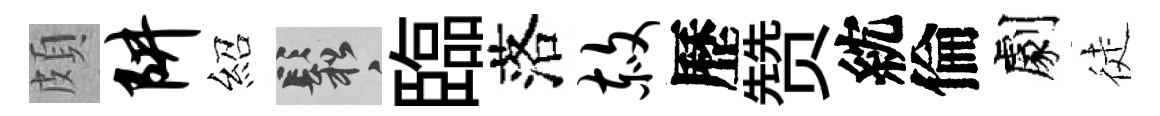
頗阱紹鬆臨落赦歷赞紞倫劇徒